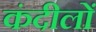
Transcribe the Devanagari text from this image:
कंदीलों